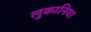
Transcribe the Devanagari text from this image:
लुकानिया